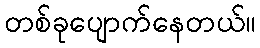
တစ်ခုပျောက်နေတယ်။